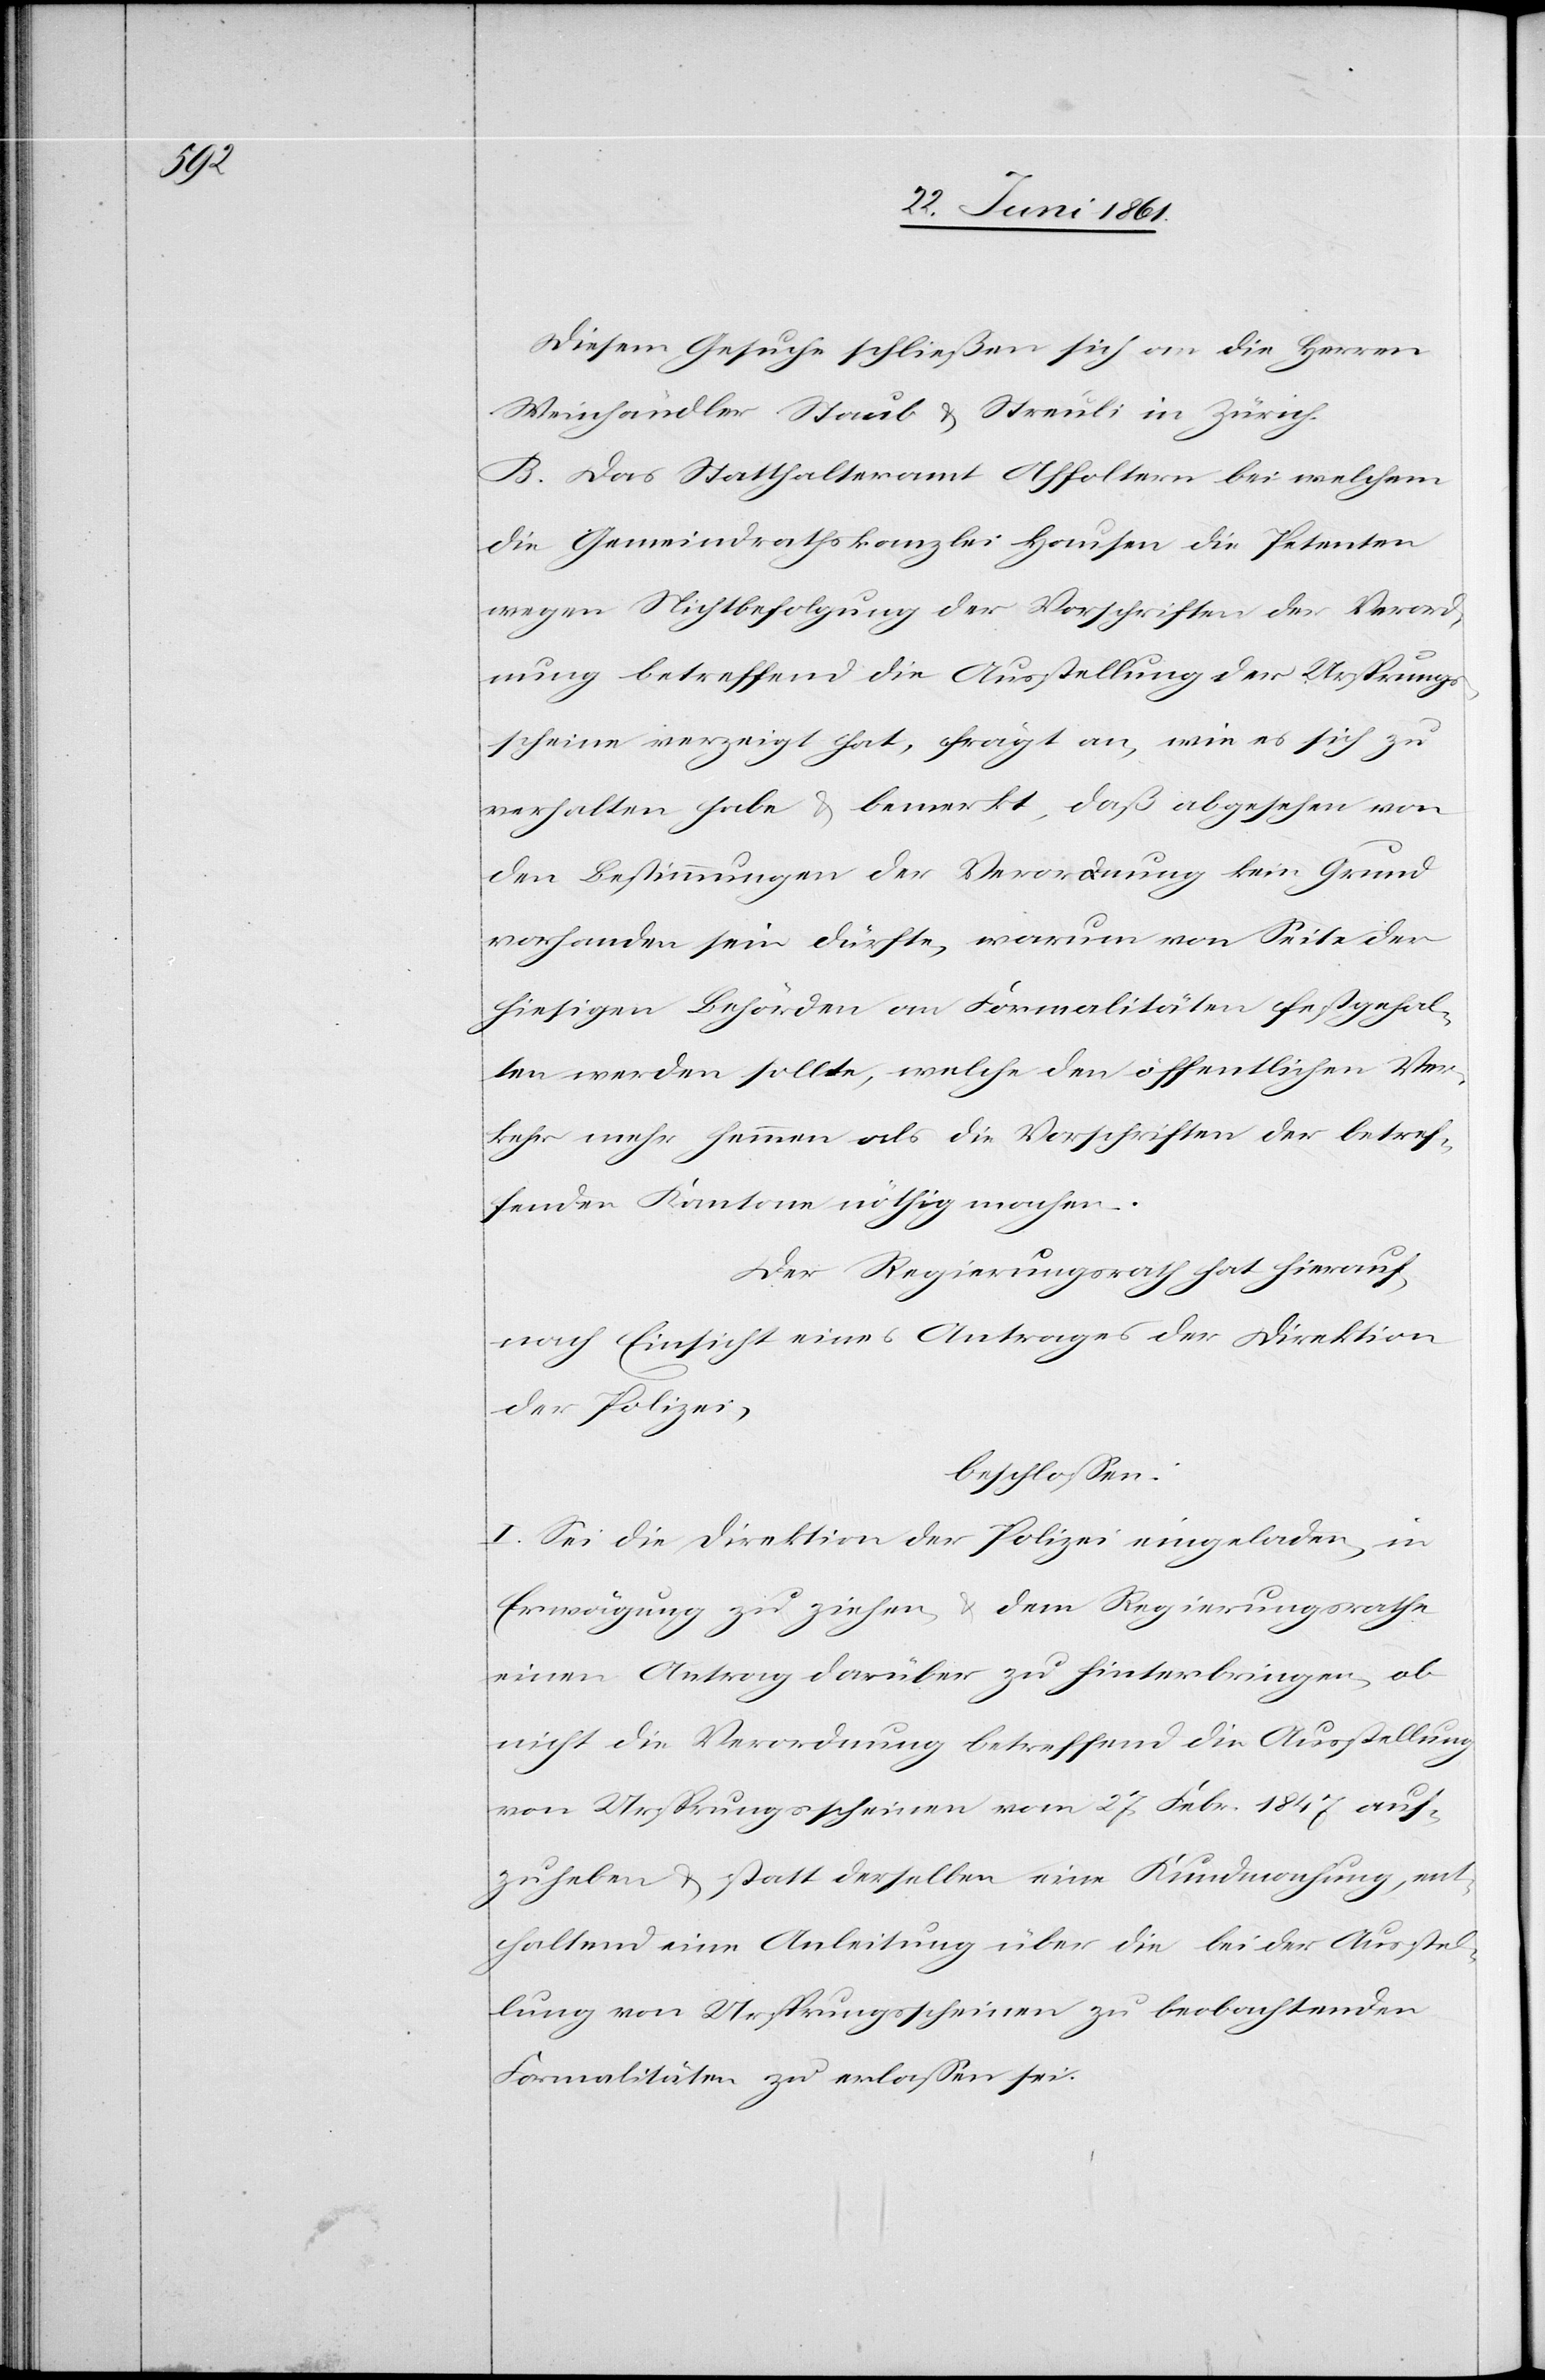
Diesem Gesuche schließen sich an die Herren
Weinhändler Staub u. Streuli in Zürich.
B. Das Statthalteramt Affoltern bei welchem
die Gemeindrathskanzlei Hausen die Petenten
wegen Nichtbefolgung der Vorschriften der Verord¬
nung betreffend die Ausstellung der Ursprungs¬
scheine verzeigt hat, frägt an, wie es sich zu
verhalten habe u. bemerkt, daß abgesehen von
den Bestimmungen der Verordnung kein Grund
vorhanden sein dürfte, warum von Seite der
hiesigen Behörden an Formalitäten festgehal¬
ten werden sollte, welche den öffentlichen Ver¬
kehr mehr hemmen als die Vorschriften der betref¬
fenden Kantone nöthig machen.
Der Regierungsrath hat hierauf,
nach Einsicht eines Antrages der Direktion
der Polizei,
beschlossen:
I. Sei die Direktion der Polizei eingeladen, in
Erwägung zu ziehen, u. dem Regierungsrathe
einen Antrag darüber zu hinterbringen, ob
nicht die Verordnung betreffend die Ausstellung
von Ursprungsscheinen vom 27. Febr. 1847 auf¬
zuheben u. statt derselben eine Kundmachung, ent¬
haltend eine Anleitung über die bei der Ausstel¬
lung von Ursprungsscheinen zu beobachtenden
Formalitäten zu erlassen sei.